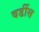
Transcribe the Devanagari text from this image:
वर्डीस